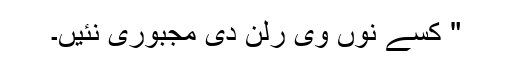
" کسے نوں وی رلن دی مجبوری نئیں۔